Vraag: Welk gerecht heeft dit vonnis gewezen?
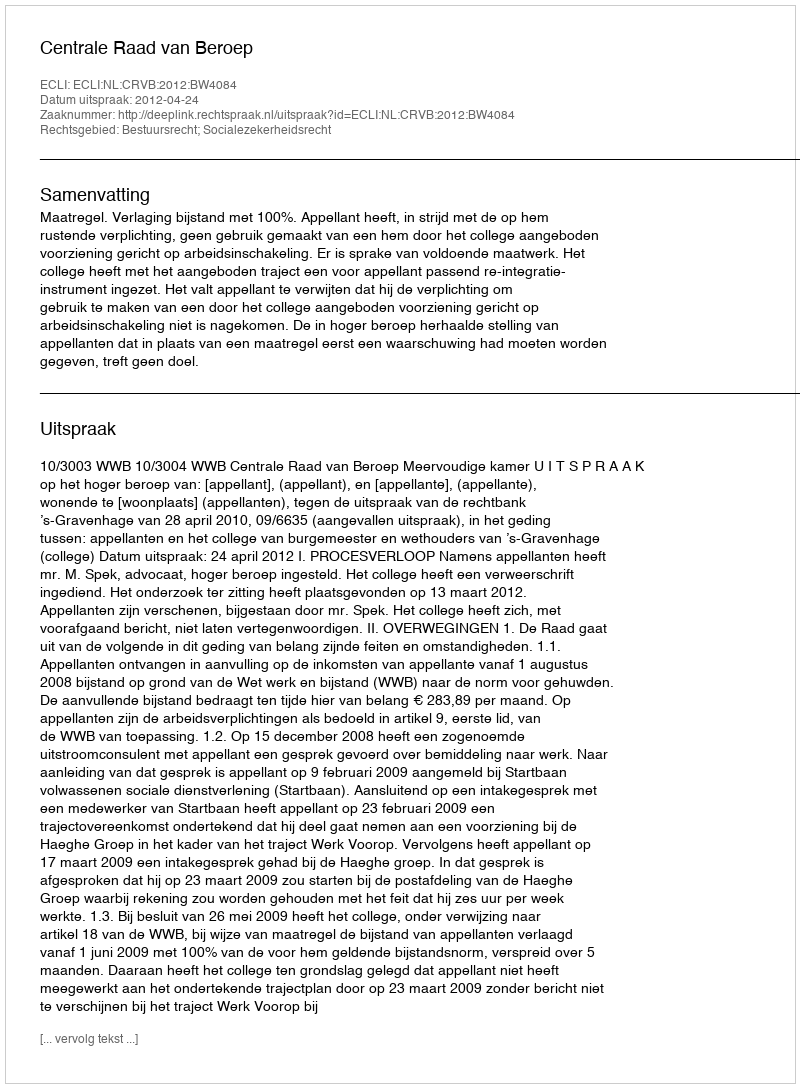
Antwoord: Centrale Raad van Beroep